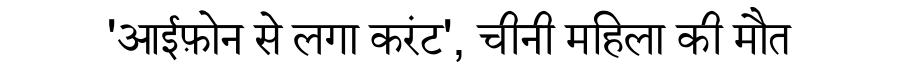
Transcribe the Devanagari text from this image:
'आईफ़ोन से लगा करंट', चीनी महिला की मौत